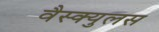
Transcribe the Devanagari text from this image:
वैस्क्युलस